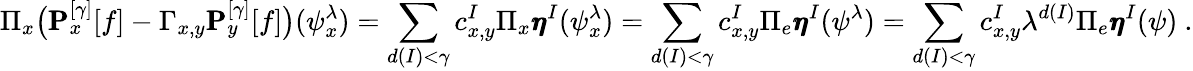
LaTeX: \Pi_{x}\big(\pmb{\operatorname{{P}}}_{x}^{[\gamma]}[f]-\Gamma_{x,y}\pmb{\operatorname{{P}}}_{y}^{[\gamma]}[f]\big)(\psi_{x}^{\lambda})=\sum_{d(I)<\gamma}c_{x,y}^{I}\Pi_{x}\pmb{\eta}^{I}(\psi_{x}^{\lambda})=\sum_{d(I)<\gamma}c_{x,y}^{I}\Pi_{e}\pmb{\eta}^{I}(\psi^{\lambda})=\sum_{d(I)<\gamma}c_{x,y}^{I}\lambda^{d(I)}\Pi_{e}\pmb{\eta}^{I}(\psi)\ .